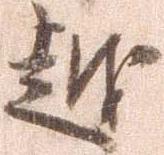
越